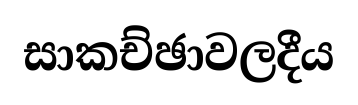
සාකච්ඡාවලදීය